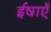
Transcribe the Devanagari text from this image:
ईषाएँ